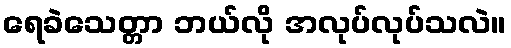
ရေခဲသေတ္တာ ဘယ်လို အလုပ်လုပ်သလဲ။